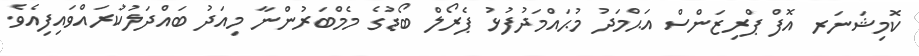
ކޮމިޝަނަރ އޮފް ޕްރިޒަންސް އަޙްމަދު މުޙައްމަދުފުޅު ޕެރޯލް ބޯޑުގެ މެމްބަރުންނާ މިއަދު ބައްދަލުކުރައްވައިފިއެވެ.